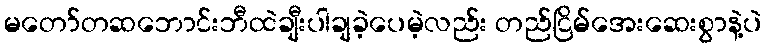
မတော်တဆဘောင်းဘီထဲချီးပါချခဲ့ပေမဲ့လည်း တည်ငြိမ်အေးဆေးစွာနဲ့ပဲ